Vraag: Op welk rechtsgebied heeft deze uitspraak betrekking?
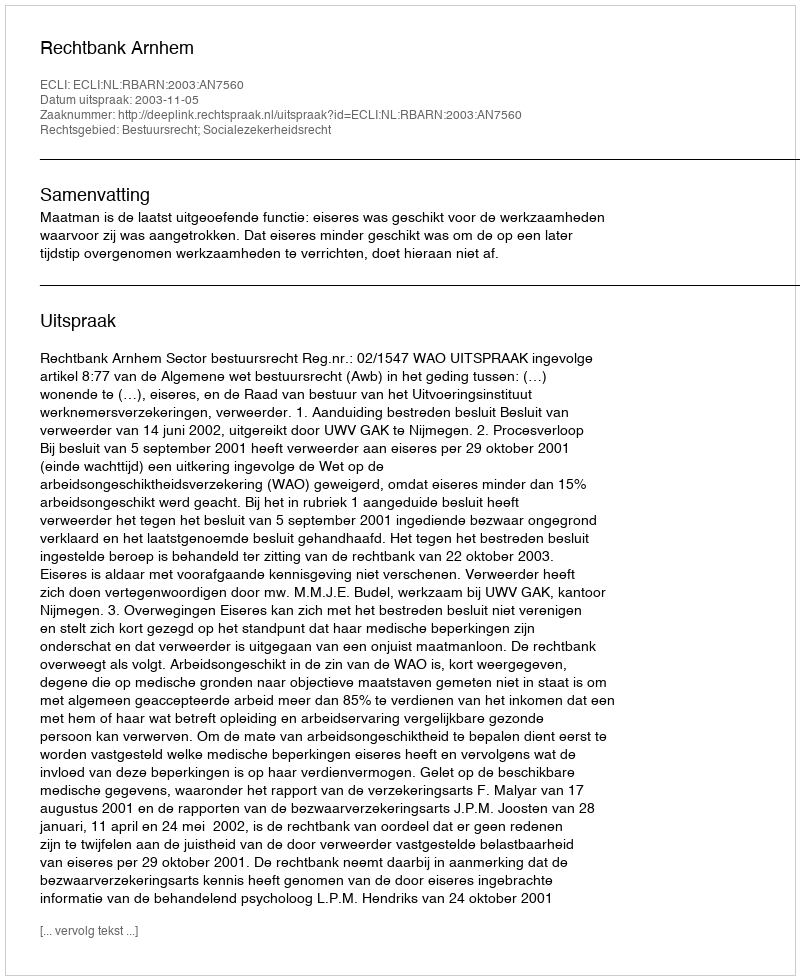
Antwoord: Bestuursrecht; Socialezekerheidsrecht